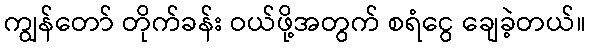
ကျွန်တော် တိုက်ခန်း ဝယ်ဖို့အတွက် စရံငွေ ချေခဲ့တယ်။